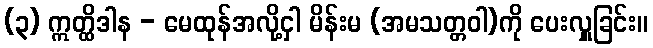
(၃) ဣတ္ထိဒါန - မေထုန်အလို့ငှါ မိန်းမ (အမသတ္တဝါ)ကို ပေးလှူခြင်း။